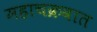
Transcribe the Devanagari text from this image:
महाचक्रवात